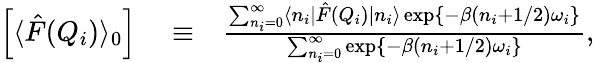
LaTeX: \begin{array}{rlr}{\left[\langle\hat{F}(Q_{i})\rangle_{0}\right]}&{{}\equiv}&{\frac{\sum_{n_{i}=0}^{\infty}\langle n_{i}|\hat{F}(Q_{i})|n_{i}\rangle\exp\{ -\beta(n_{i}+1/2)\omega_{i}\} }{\sum_{n_{i}=0}^{\infty}\exp\{ -\beta(n_{i}+1/2)\omega_{i}\} },}\end{array}